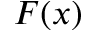
F ( x )